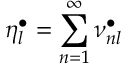
\eta _ { l } ^ { \bullet } = \sum _ { n = 1 } ^ { \infty } \nu _ { n l } ^ { \bullet }